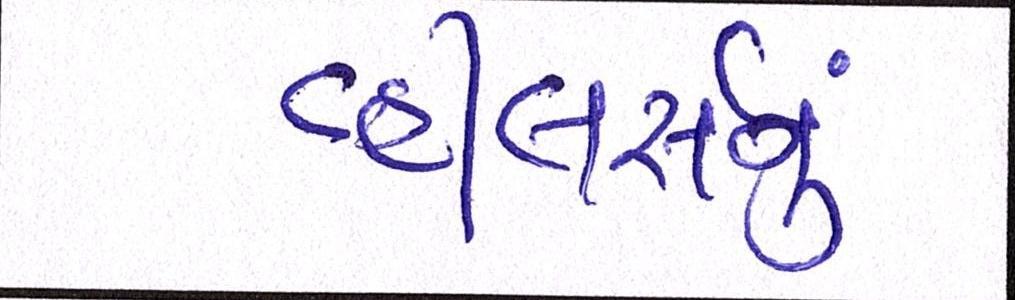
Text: વ્હીલર્સનું